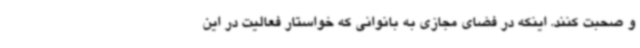
و صحبت کنند. اینکه در فضای مجازی به بانوانی که خواستار فعالیت در این